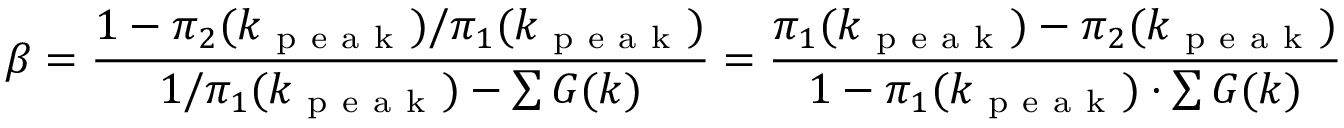
\beta = \frac { 1 - \pi _ { 2 } ( k _ { \mathrm { ~ p ~ e ~ a ~ k ~ } } ) / \pi _ { 1 } ( k _ { \mathrm { ~ p ~ e ~ a ~ k ~ } } ) } { 1 / \pi _ { 1 } ( k _ { \mathrm { ~ p ~ e ~ a ~ k ~ } } ) - \sum G ( k ) } = \frac { \pi _ { 1 } ( k _ { \mathrm { ~ p ~ e ~ a ~ k ~ } } ) - \pi _ { 2 } ( k _ { \mathrm { ~ p ~ e ~ a ~ k ~ } } ) } { 1 - \pi _ { 1 } ( k _ { \mathrm { ~ p ~ e ~ a ~ k ~ } } ) \cdot \sum G ( k ) }